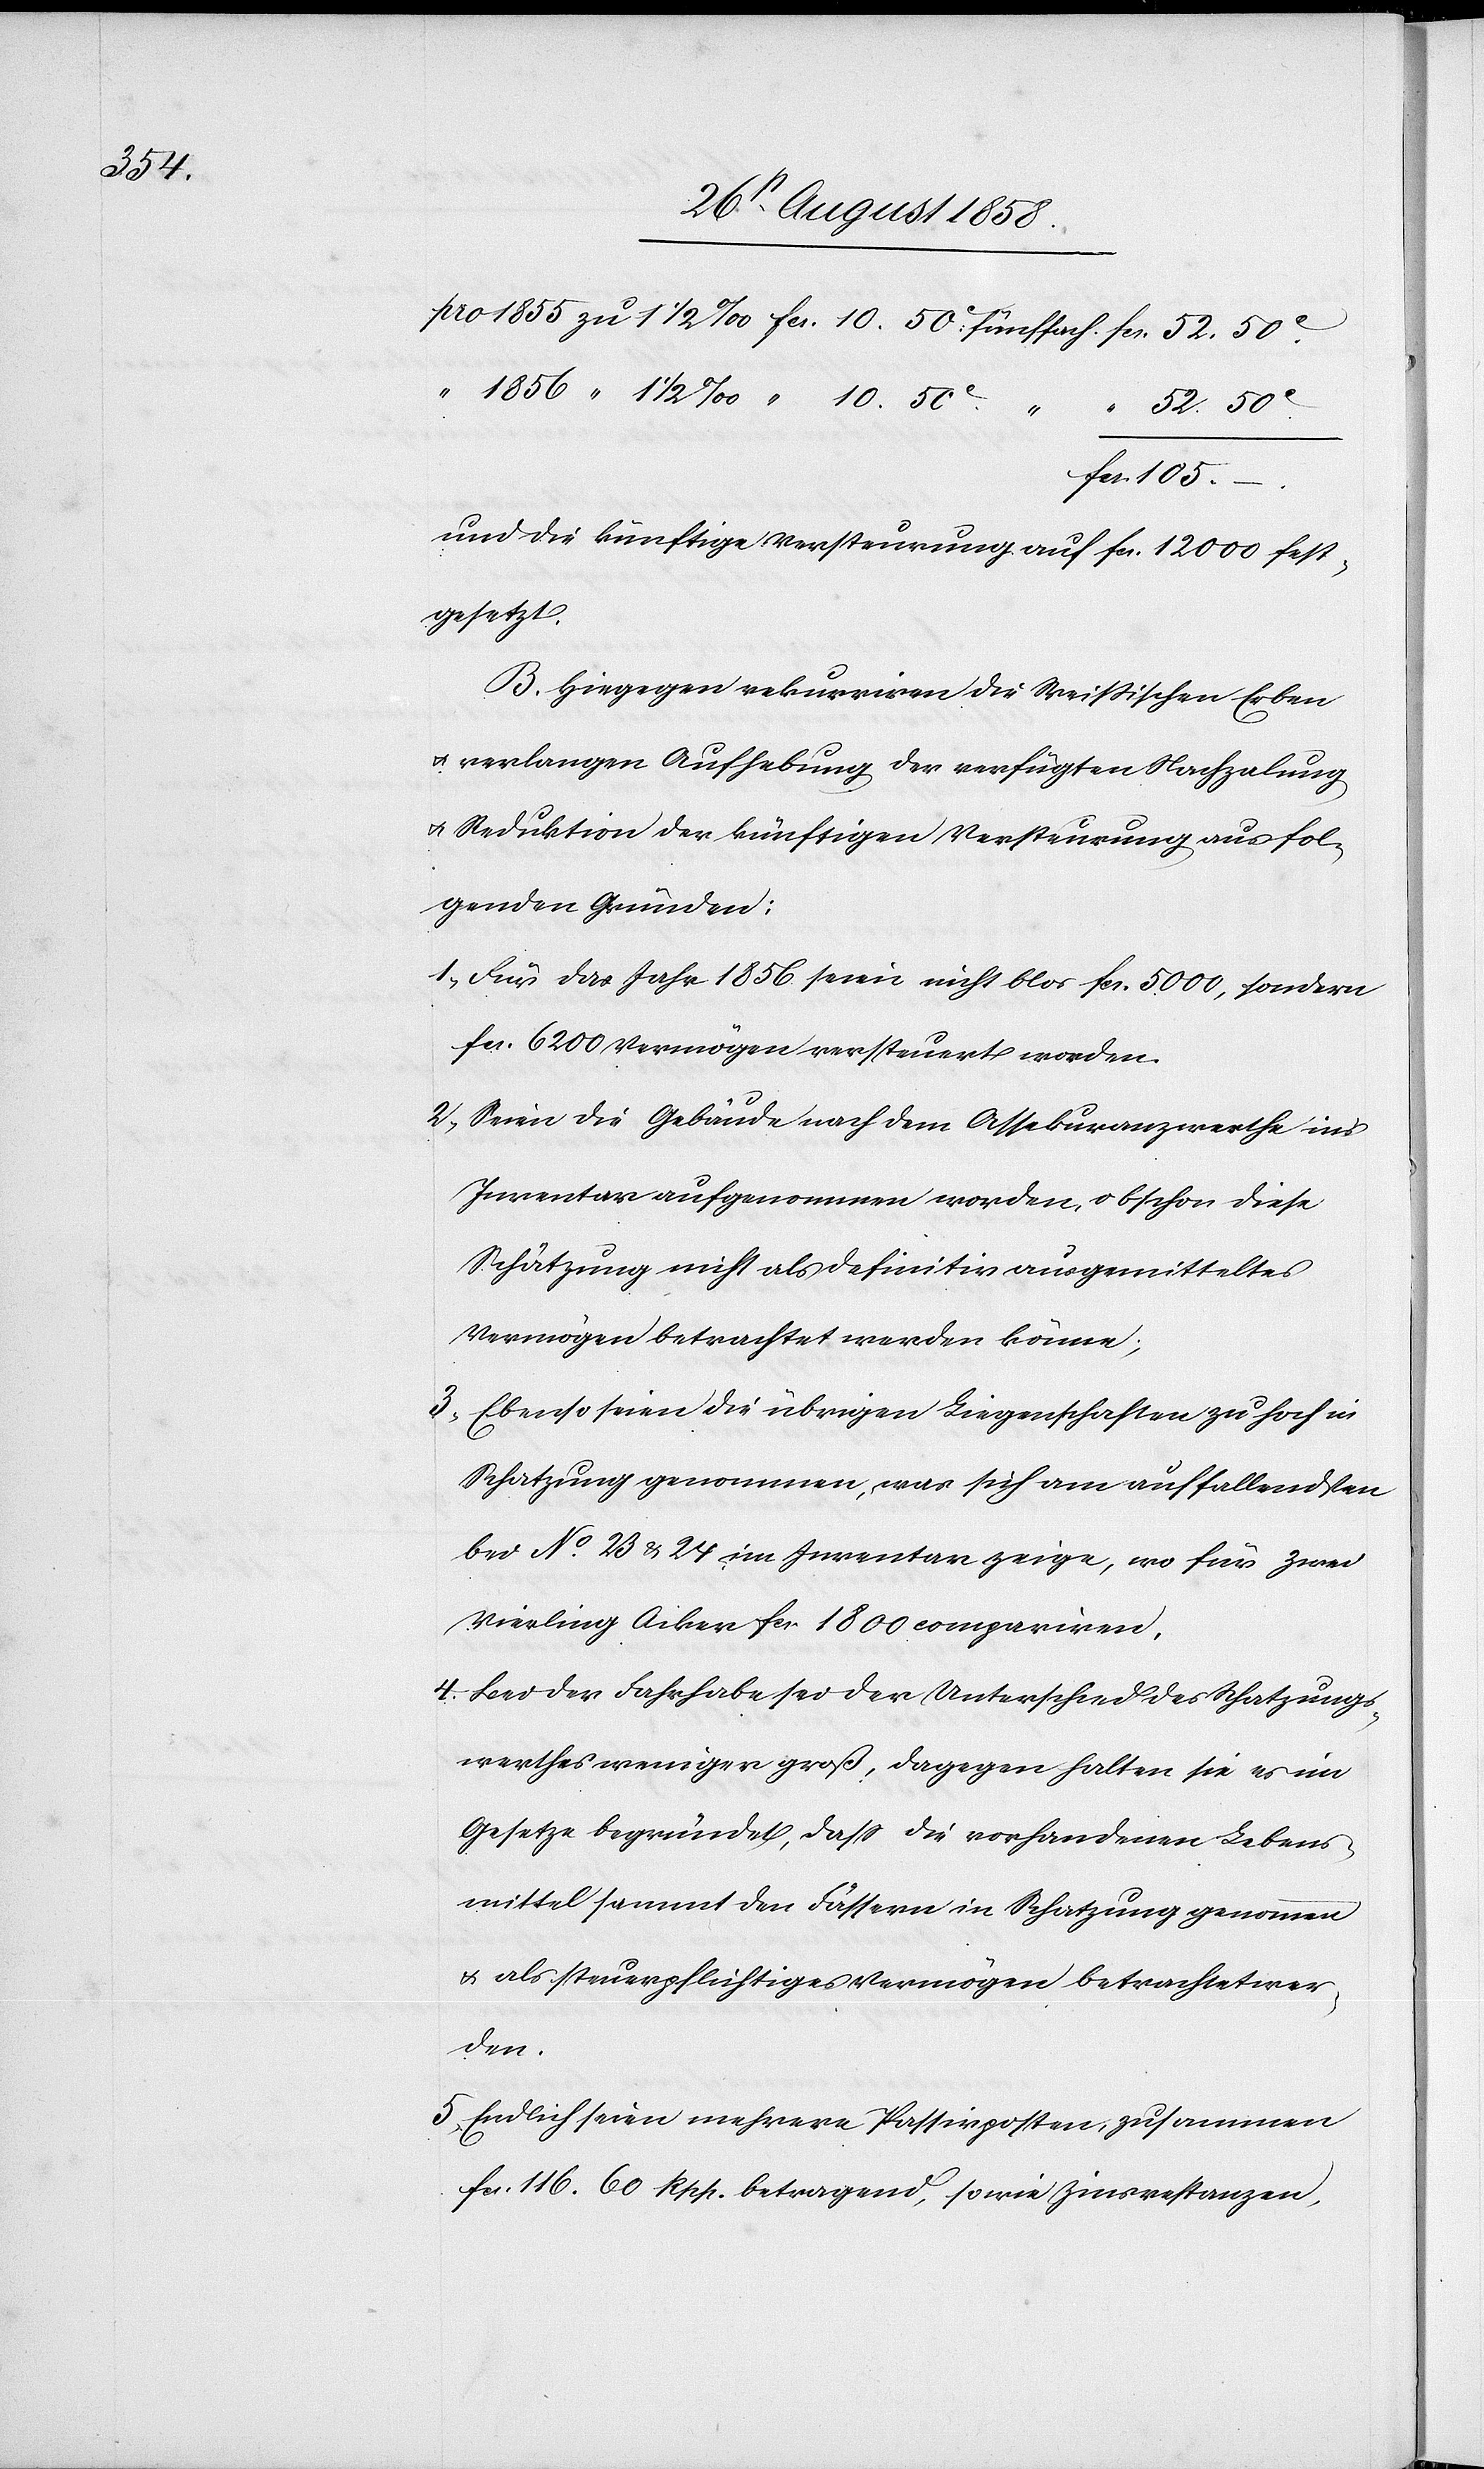
52.

“ 1856 “ 1 1/2 ‰ “ 10. 50C.
“ 52. 50C.
fcs. 105.
und die künftige Versteurung auf fcs. 12 000 fest¬
gesetzt.
B. Hiegegen rekurriren die Weissischen Erben
& verlangen Aufhebung der verfügten Nachzalung
& Reduktion der künftigen Versteurung aus fol¬
genden Gründen:
1. Für das Jahr 1856 seien nicht blos fcs. 5000, sondern
fcs. 6200 Vermögen versteuert worden.
2.
Seien die Gebäude nach dem Assekuranzwerthe in’s
Inventar aufgenommen worden, obschon diese
Schätzung nicht als definitiv ausgemitteltes
Vermögen betrachtet werden könne;
3. Ebenso seien die übrigen Liegenschaften zu hoch in
Schatzung genommen, was sich am auffallendsten
bei No. 23 & 24 im Inventar zeige, wo für zwei
Vierling Acker fcs. 1800 compariren.
4. Bei der Fahrhabe sei der Unterschied des Schatzungs¬
werthes weniger groß, dagegen halten sie es im
Gesetze begründet, dass die vorhandenen Lebens¬
mittel sammt den Fässern in Schatzung genommen
& als steuerpflichtiges Vermögen betrachtet wer¬
den.
5. Endlich seien mehrere Passivposten, zusammen
fcs. 116. 60 Rpp. betragend, sowie Zinsrestanzen,